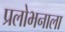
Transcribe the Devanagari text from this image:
प्रलोभनाला